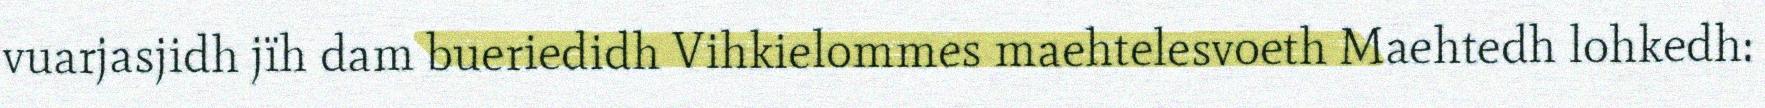
vuarjasjidh jïh dam bueriedidh Vihkielommes maehtelesvoeth Maehtedh lohkedh: